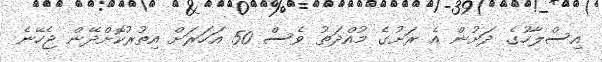
އިސްލާހުގެ ދަށުން އެ ރަށުގެ މުއްދަތު ވެސް 50 އަހަރަށް އިތުރުކޮށްދޭން ޖެހޭނެ